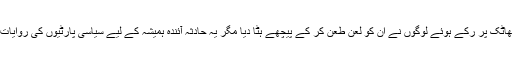
بہرحال ریلوے پھاٹک پر رُکے ہوئے لوگوں نے ان کو لعن طعن کر کے پیچھے ہٹا دیا مگر یہ حادثہ آئندہ ہمیشہ کے لیے سیاسی پارٹیوں کی روایات کا حصہ بن گیا۔